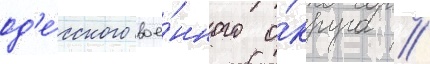
од'е́сского вое́нного о́круга //